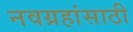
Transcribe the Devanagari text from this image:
नवग्रहांसाठी